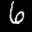
Label: 6